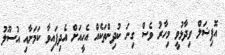
އޮފިޝަލް ވިދާޅުވީ މިހާރު ވެސް ގިނަ ކުދިންތަކެއް އެހީއަށް އެދިފައިވާ ކަމަށާއި އުސޫލު